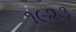
૧૯૨૩